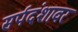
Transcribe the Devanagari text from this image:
सर्पदंशावर